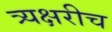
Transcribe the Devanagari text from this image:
त्र्यक्षरीच